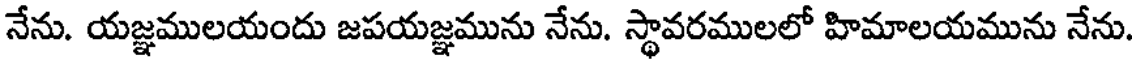
నేను. యజ్ఞములయందు జపయజ్ఞమును నేను. స్థావరములలో హిమాలయమును నేను.